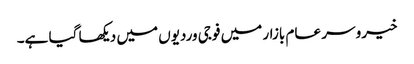
خیرو سر عام بازار میں فوجی وردیوں میں دیکھا گیا ہے۔